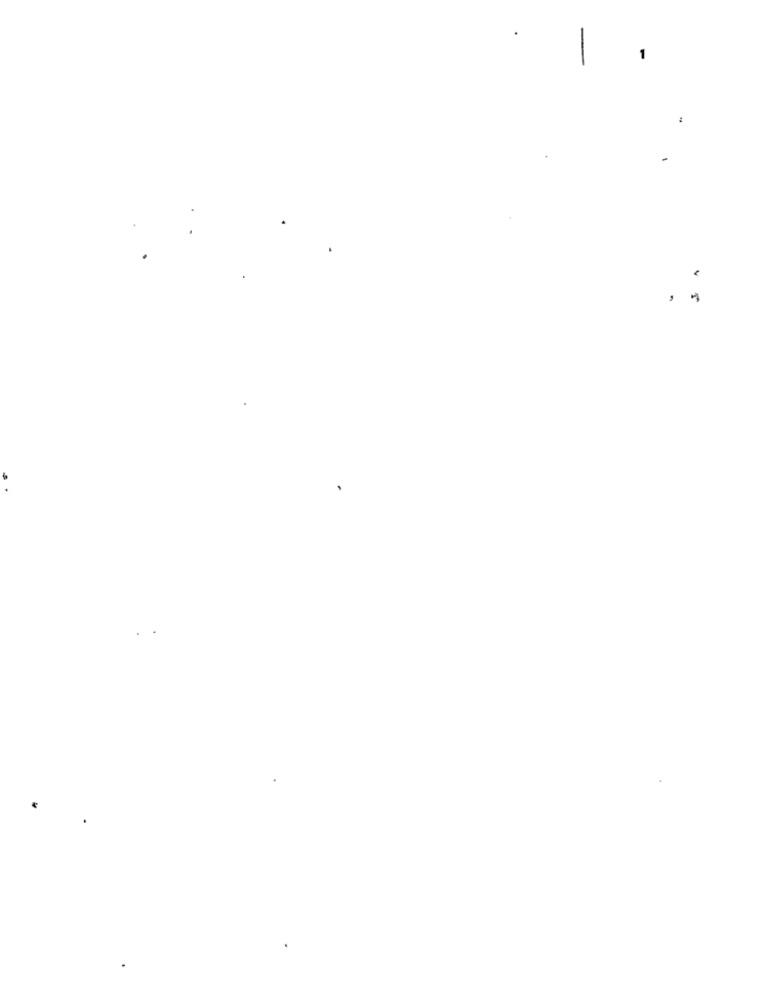
1